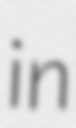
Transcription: in